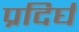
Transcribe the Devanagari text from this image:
प्रदिर्घ